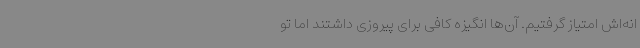
انه‌اش امتیاز گرفتیم. آن‌ها انگیزه کافی برای پیروزی داشتند اما تو